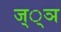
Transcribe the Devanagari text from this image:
ज््ञ